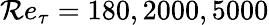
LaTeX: \mathcal{R}e_{\tau}=180,2000,5000